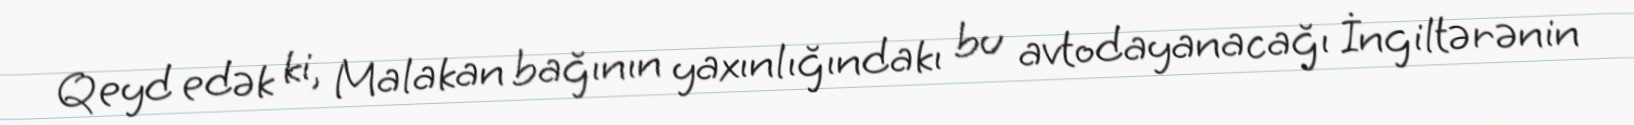
Qeyd edək ki, Malakan bağının yaxınlığındakı bu avtodayanacağı İngiltərənin